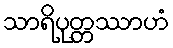
သာရိပုတ္တဿာဟံ